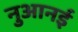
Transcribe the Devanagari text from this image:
नुआनई